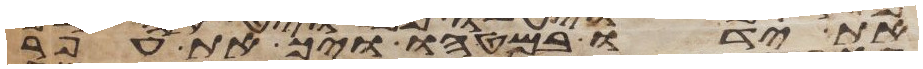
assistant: את ידו במטהו ויך את עפר